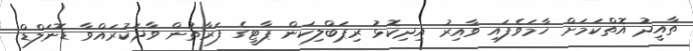
ތާއީދު އޮތްކަމަށް ހާމަވެފައި ވާއިރު އިދިކޮޅު ރިޕަބްލިކަން ޕާޓީގެ ފަރާތުން ވާދަކުރައްވާ ޑޮނަލްޑް